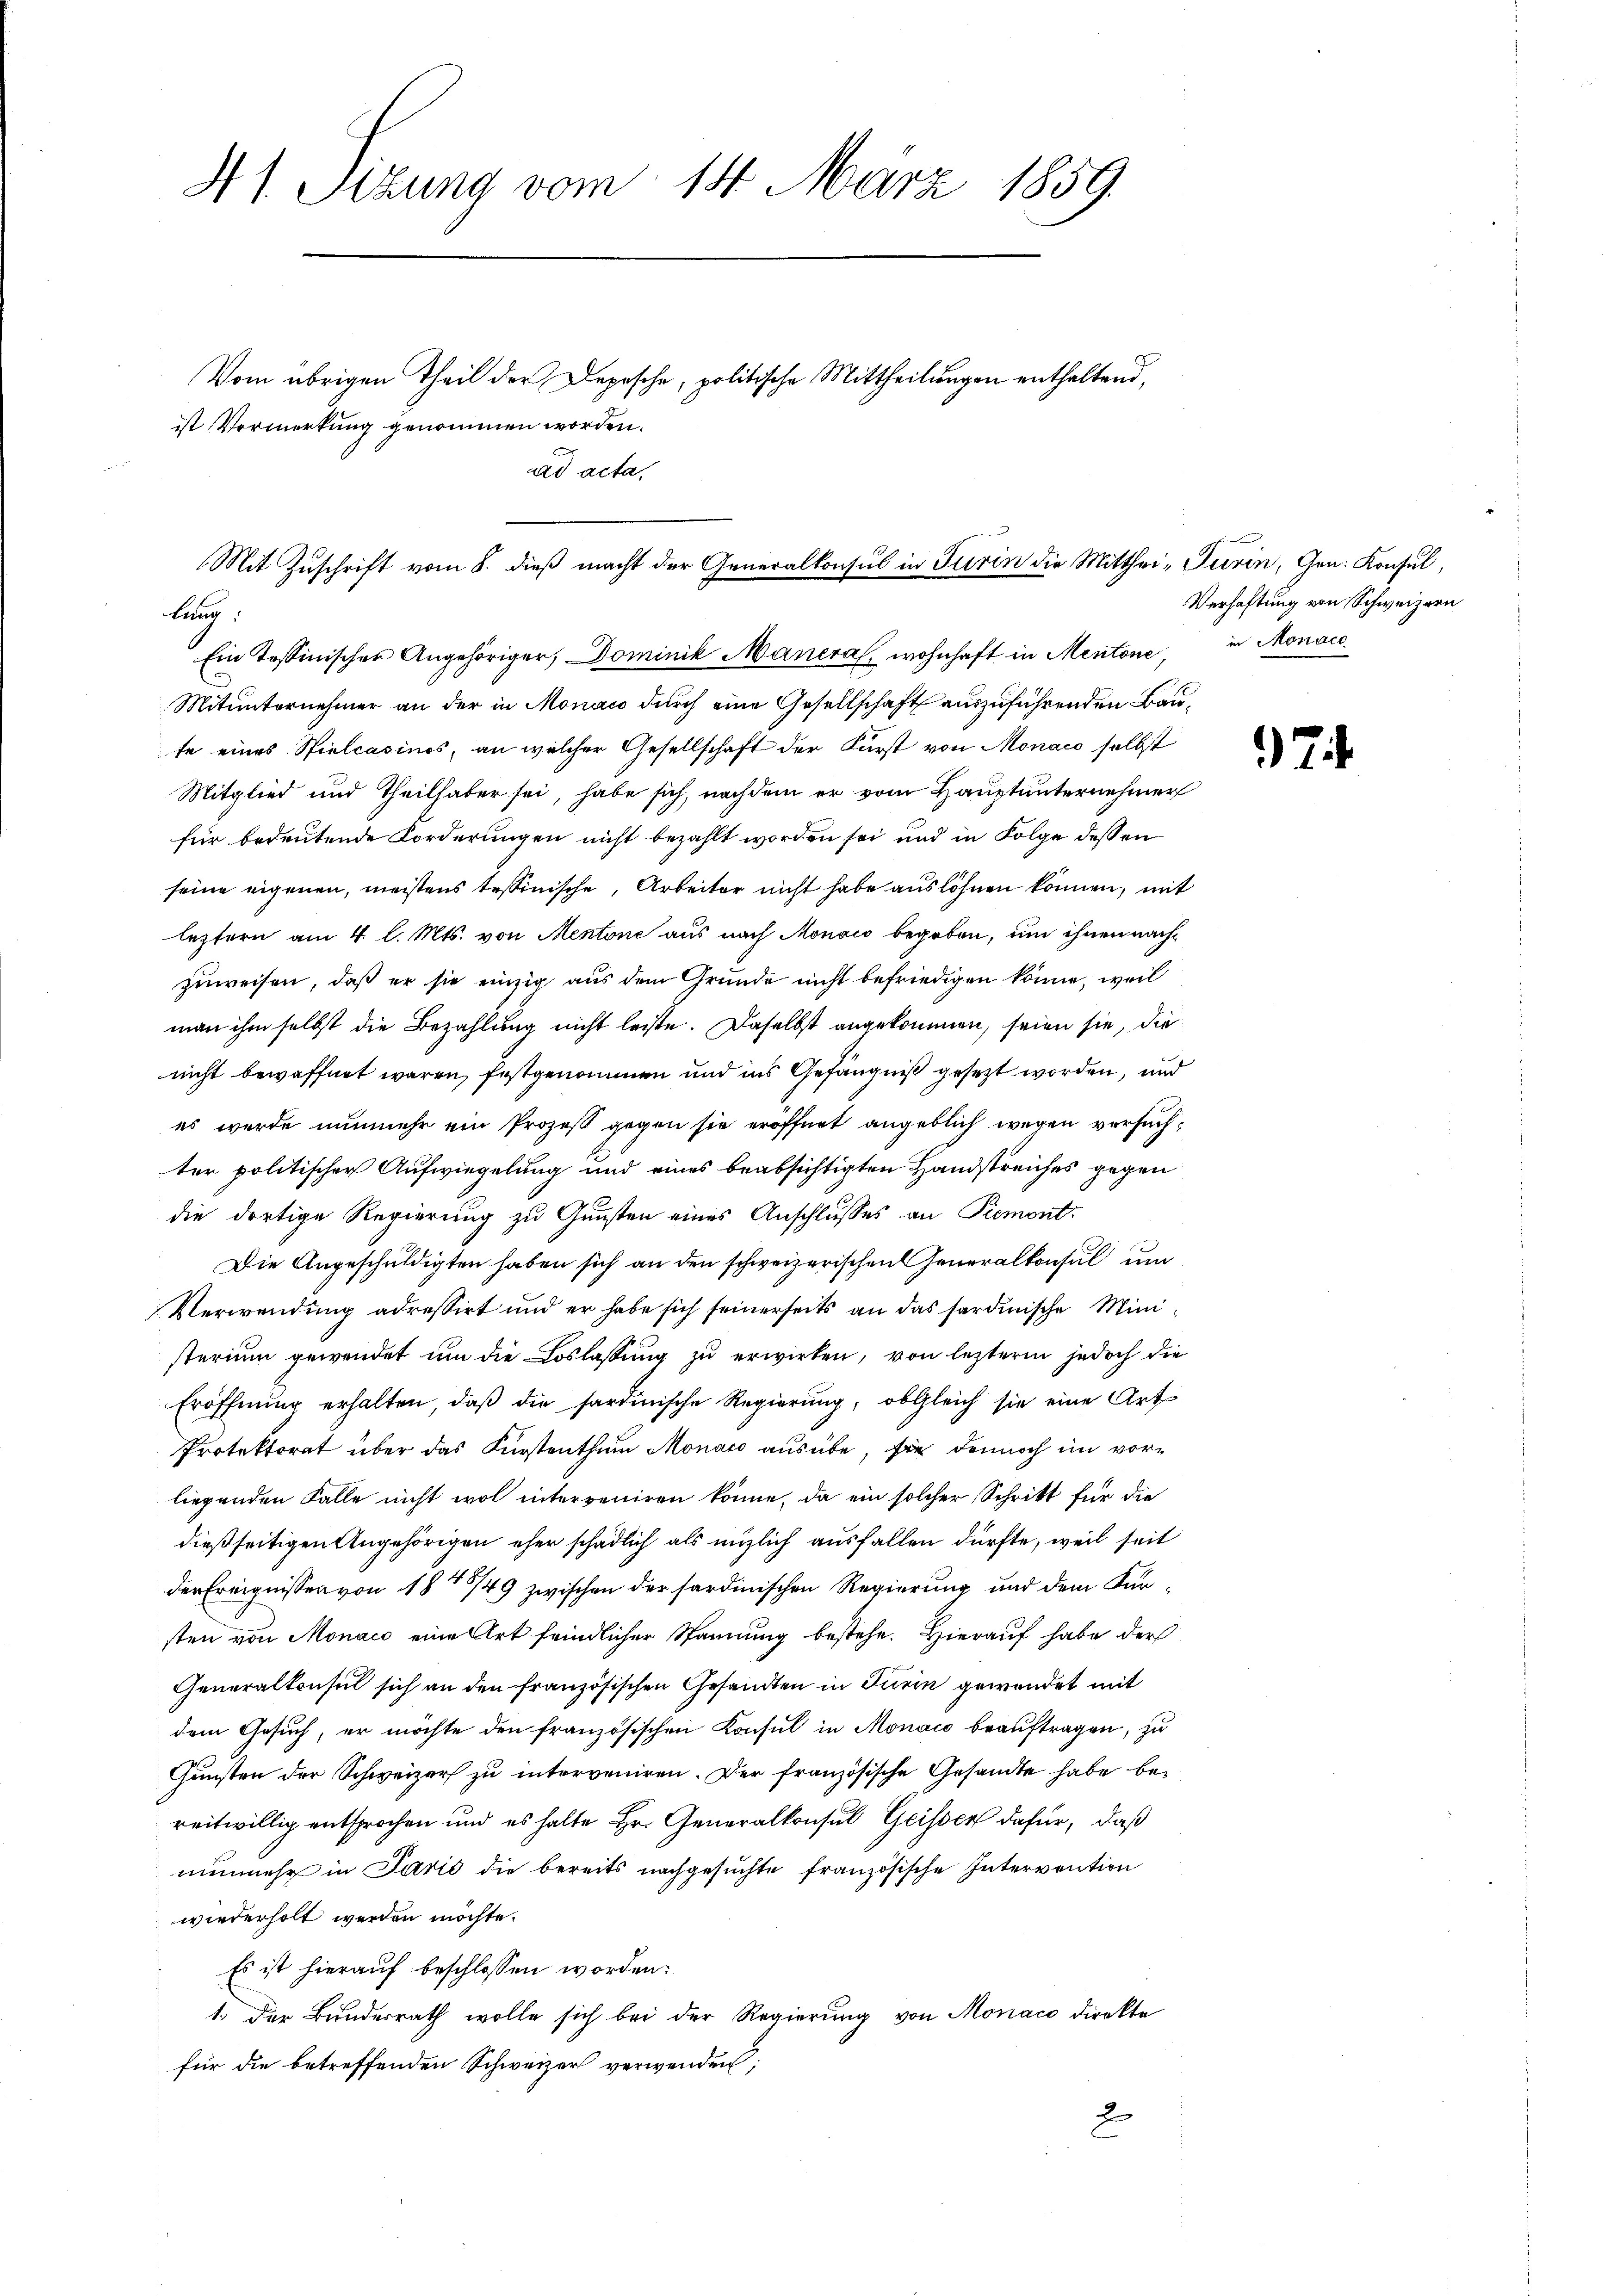
41. Sizung vom 14. März 1859.
Vom übrigen Theil der Depesche, politische Mittheilungen enthaltend,
ist Vormerkung genommen worden.
ad acta,

Mit Zuschrift vom 8. dieß macht der Generalkonsul in Turin die Mittheilung.
Ein Tessinischer Angehöriger, Dominik Maneral, wohnhaft in Mentone

Mitunternehmer an der in Monats durch eine Gesellschaft auszuführenden Baute eines Spielcasinos, an welcher Gesellschaft der Fürst von Monaco selbst
Mitglied und Theilhaber sei, habe sich, nachdem er vom Hauptunternehmer
für bedeutende Forderungen nicht bezahlt worden sei und in Folge dessen
seine eigenen, meistens tessinische, Arbeiter nicht habe auslöhnen können, mit
leztern am 4. l. Mts. von Mentone aus nach Monowo begeben, um ihnen nachzuweisen, daß er sie einzig aus dem Grunde nicht befriedigen könne, weil
man ihm selbst die Bezahlung nicht leiste. Daselbst angekommen, seien sie, die
nicht bewaffnet waren, festgenommen und ins Gefängniß gesezt worden, und
es werde nunmehr ein Prozeß gegen sie eröffnet angeblich wegen versuchter politischer Aufwiegelung und eines beabsichtigten Handstreiches gegen
die dortige Regierung zu Gunsten eines Anschlusses an Piemont-
Die Angeschuldigten haben sich an den schweizerischen Generalkonsul um
Verwendung adressirt und er habe sich seinerseits an das sardinische Ministerium gewendet ŭm die Loslassŭng zŭ erwirken, von lezterm jedoch die
Eröffnŭng erhalten, daβ die sardinische Regierung, obgleich sie eine Art
Protektorat über das Fürstenthum Monato ausübe, sie dennoch im vorliegenden Falle nicht wol interveniren könne, da ein solcher Schritt für die
dießseitigen Angehörigen eher schädlich als möglich ausfallen dürfte, weil seit
der Ereignissen von 1815/49 zwischen der sardinischen Regierung und dem Fürsten von Monaco eine Art feindlicher Stannung bestehe. Hierauf habe der
Generalkonsul sich an den französischen Gesandten in Turin gewendet mit
dem Gesuch, er möchte den französischen Konsul in Monaco beauftragen, zu
Gunsten der Schweizer zu interveniren. Der französische Gesandte habe bereitwillig entsprochen und es halte Hr. Generalkonsul Geisser dafür, daß
nunmehr in Parić die bereits nachgesuchte französische Intervention
wiederholt werden möchte.
Es ist hierauf beschlossen worden:
1. Der Bundesrath wolle sich bei der Regierung von Monaco direkte
für die betreffenden Schweizer verwenden;
2

" Turin, Gen. Konsul,
Verhaftung von Schweizern
in Monac

7